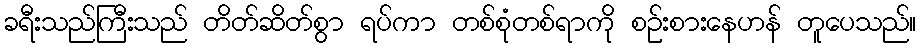
ခရီးသည်ကြီးသည် တိတ်ဆိတ်စွာ ရပ်ကာ တစ်စုံတစ်ရာကို စဉ်းစားနေဟန် တူပေသည်။